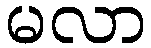
မလာ